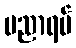
ပညာရပ်